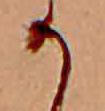
か